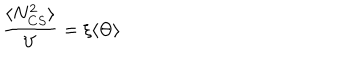
LaTeX: \frac { \langle N _ { C S } ^ { 2 } \rangle } { V } = \xi \langle \Theta \rangle